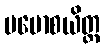
ပမောစယိတ္ထ